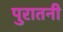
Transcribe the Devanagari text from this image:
पुरातनी